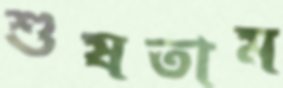
শুষতাম